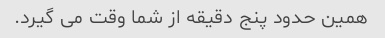
همین حدود پنج دقیقه از شما وقت می گیرد.